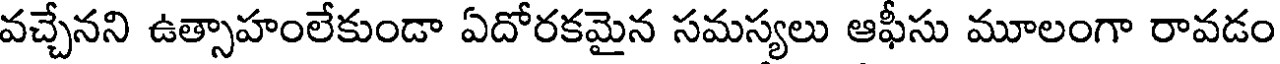
వచ్చేనని ఉత్సాహంలేకుండా ఏదోరకమైన సమస్యలు ఆఫీసు మూలంగా రావడం